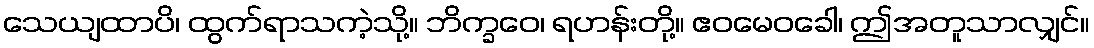
သေယျထာပိ၊ ထွက်ရာသကဲ့သို့။ ဘိက္ခဝေ၊ ရဟန်းတို့။ ဧဝမေဝခေါ၊ ဤအတူသာလျှင်။